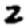
Digit: 2